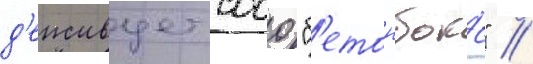
д'еиствует сооо "б'етонбокс" //